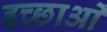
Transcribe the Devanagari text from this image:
इच्छाआें